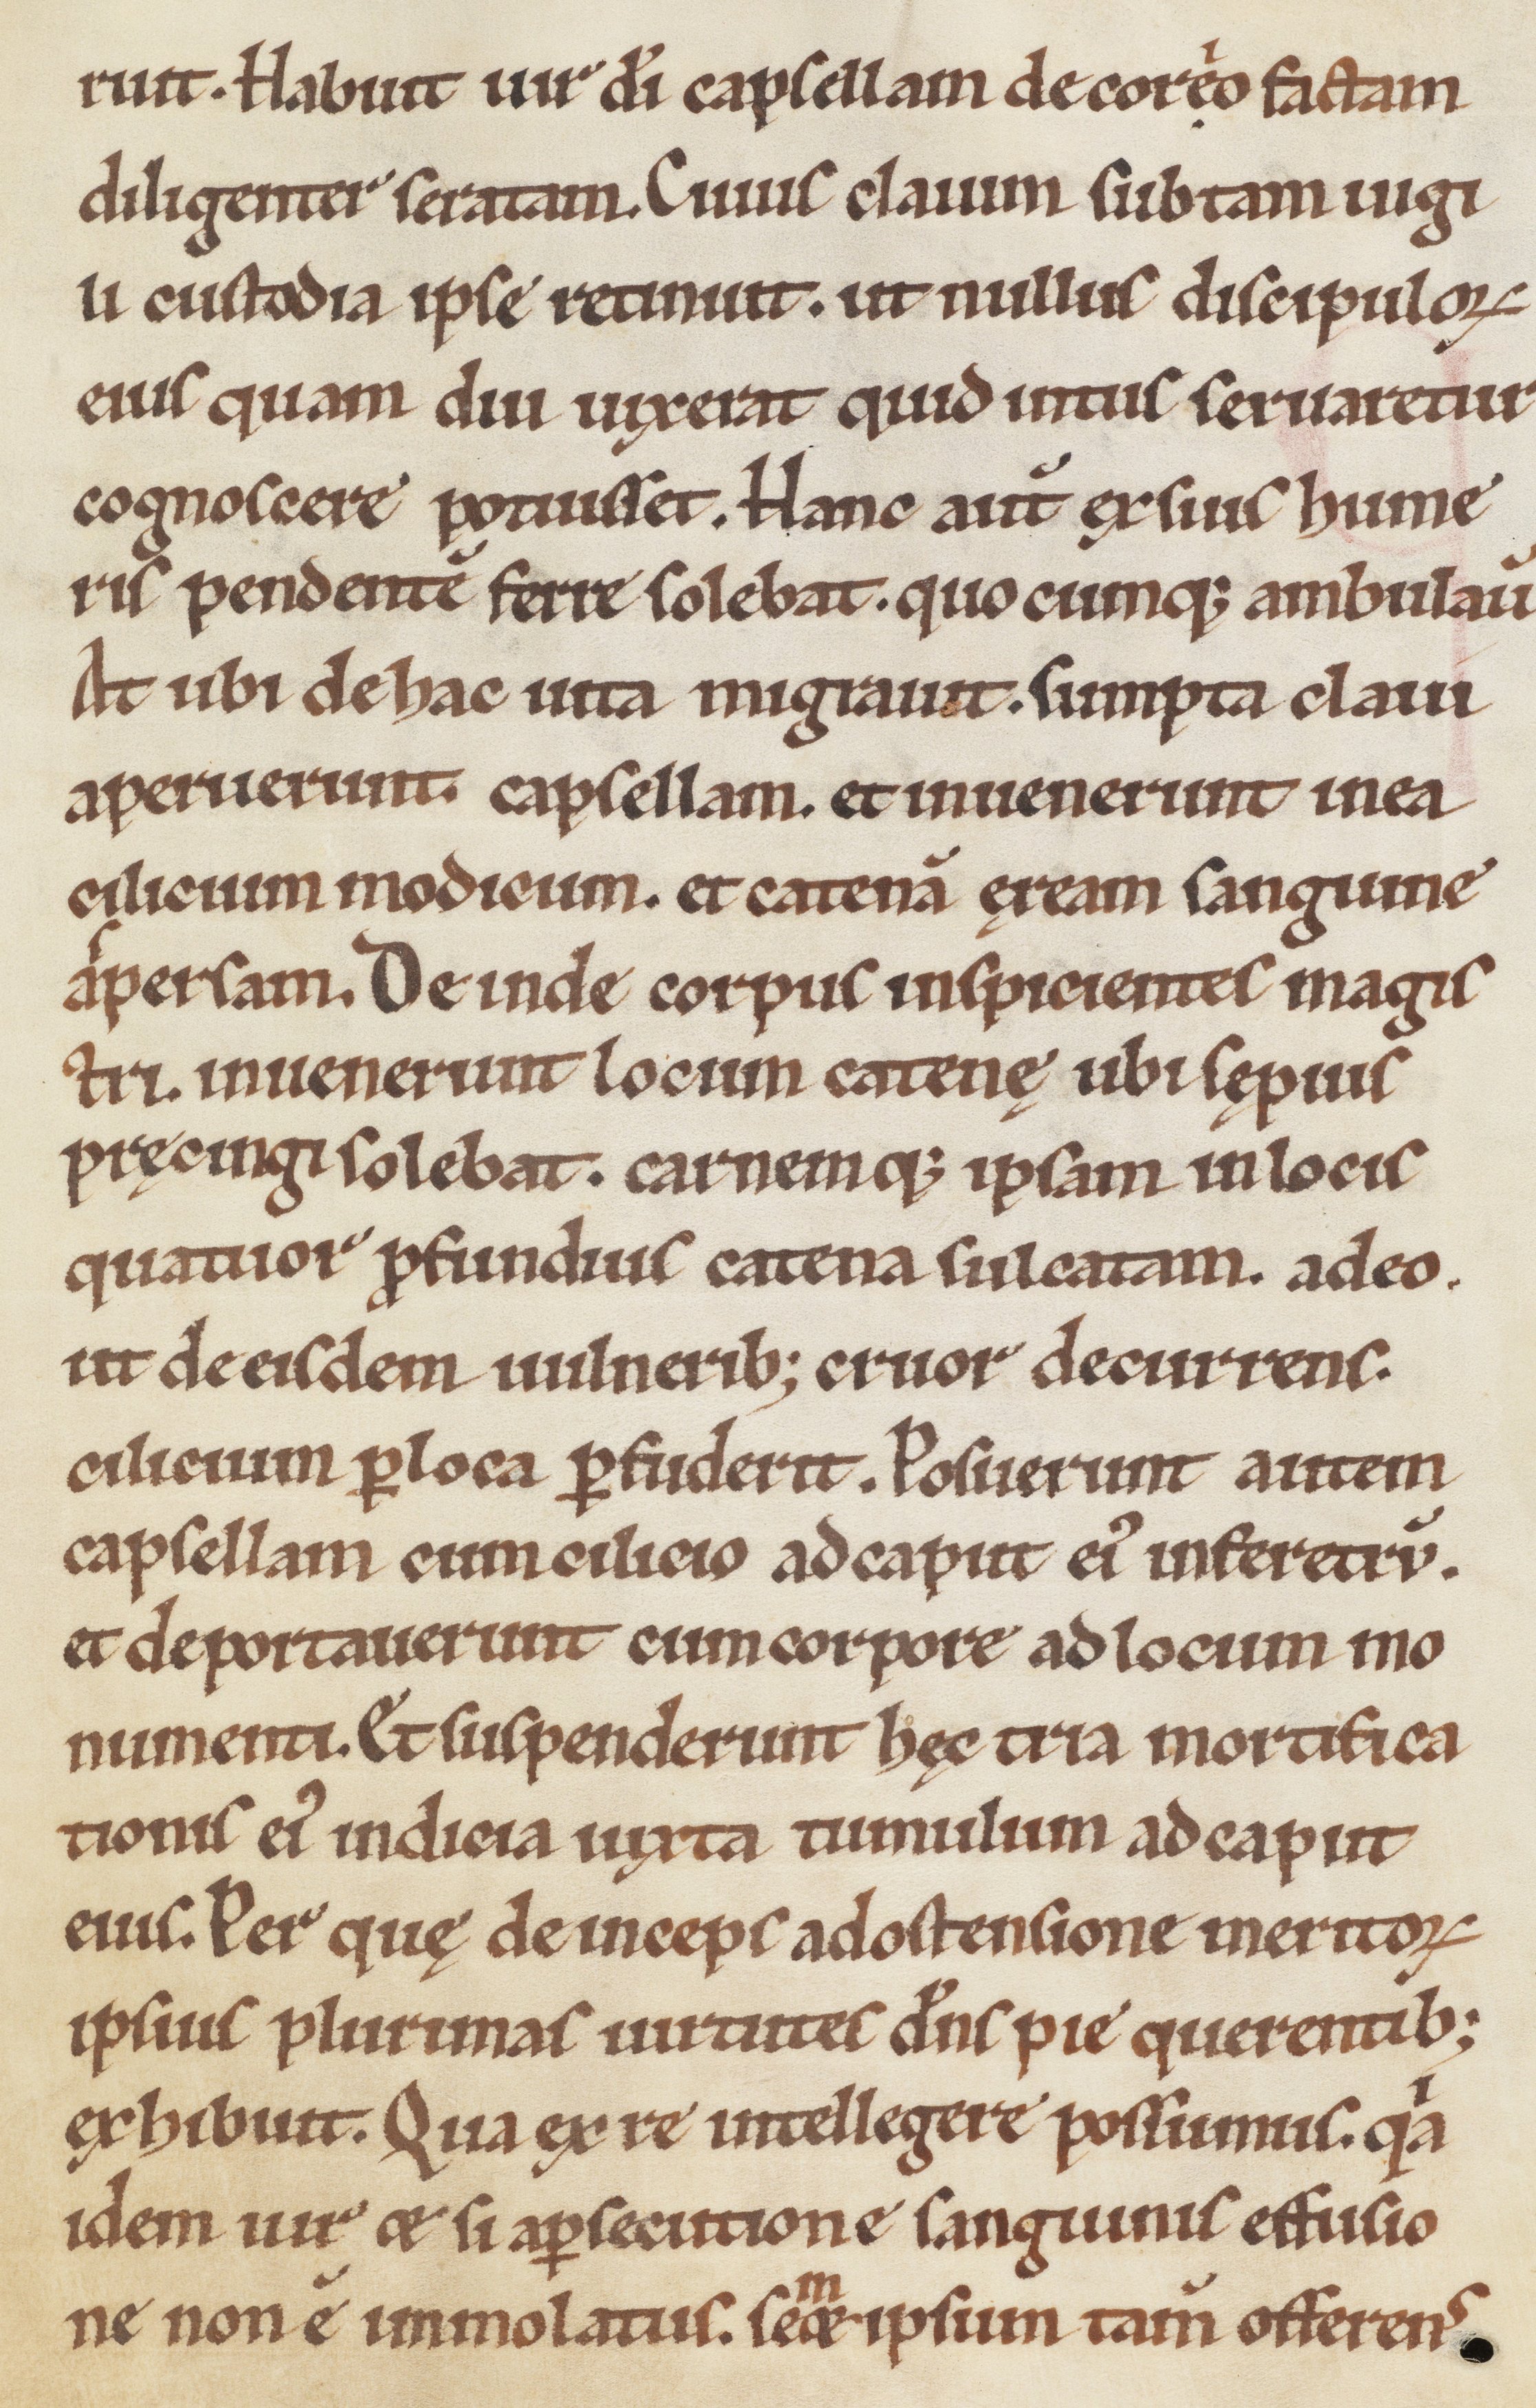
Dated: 1185–1215